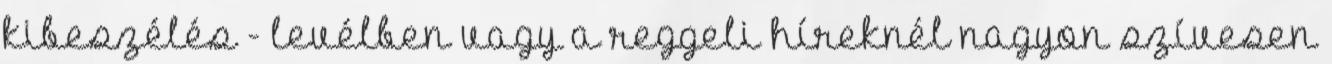
kibeszélés - levélben vagy a reggeli híreknél nagyon szívesen